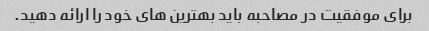
برای موفقیت در مصاحبه باید بهترین های خود را ارائه دهید.